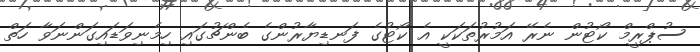
ސުޕްރީމް ކޯޓުން ނެރޭ އަމުރުތަކަކީ އެ ކޯޓުގެ ފަނޑިޔާރުންގެ ބެންޗުގައި ހިމެނިވަޑައިގަންނަވާ ހަތް